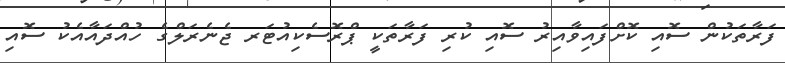
ފަރާތަކުން ސޮއި ކޮށްފައިވާއިރު ސޮއި ކުރި ފަރާތަކީ ޕްރޮސެކިއުޓަރ ޖެނެރަލްގެ ހުއްދައާއެކު ސޮއި